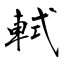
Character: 軾